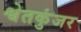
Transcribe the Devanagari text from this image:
श्वेतकुंजर